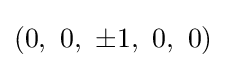
\left(0,\ 0,\ \pm 1,\ 0,\ 0\right)